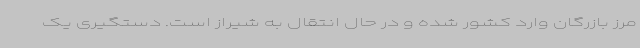
مرز بازرگان وارد کشور شده و در حال انتقال به شیراز است. دستگیری یک